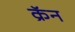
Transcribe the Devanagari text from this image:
क्रॅन